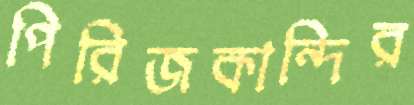
পিরিজকান্দির